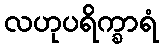
လဟုပရိက္ခာရံ